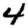
Digit: 4